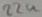
Text: 22u